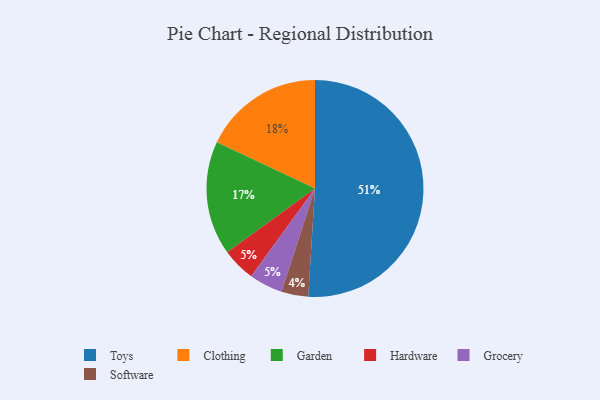
{"axis": {"x": "Category", "y": "Percentage"}, "legend": ["Clothing", "Garden", "Grocery", "Hardware", "Software", "Toys"], "data": [{"x": "Toys", "y": 51, "type": "Toys"}, {"x": "Hardware", "y": 5, "type": "Hardware"}, {"x": "Grocery", "y": 5, "type": "Grocery"}, {"x": "Garden", "y": 17, "type": "Garden"}, {"x": "Software", "y": 4, "type": "Software"}, {"x": "Clothing", "y": 18, "type": "Clothing"}]}